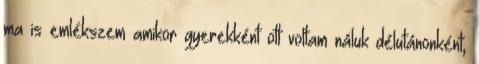
ma is emlékszem amikor gyerekként ott voltam náluk délutánonként,